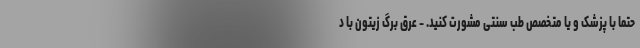
حتماً با پزشک و یا متخصص طب سنتی مشورت کنید. - عرق برگ زیتون با د